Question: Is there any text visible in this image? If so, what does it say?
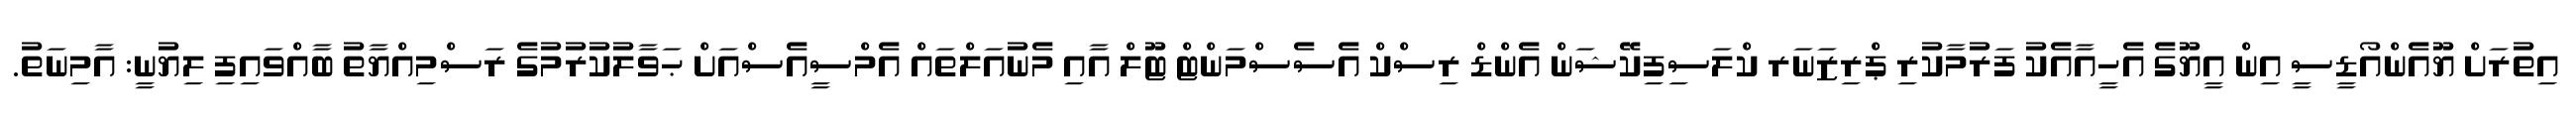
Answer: އިތުރަށް ޔޫއެންއޯޑީސީ އިން އީޔޫގެ އެހީއާއެކު ފަރުމާކުރި ޕްރިޒަނަރ ކްލަސިފިކޭޝަން އެންޑް ރިސްކް އެސެސްމަންޓް ޓޫލް އާއި މެނުއަލްތައް އެމްސީއެސްއަށް ޙަވާލުކުރުމުގެ ރަސްމިއްޔާތު ބާއްވައިފި ލިޔުނީ: އާމިނަތު.